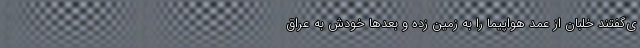
ی‌گفتند خلبان از عمد هواپیما را به زمین زده و بعدها خودش به عراق